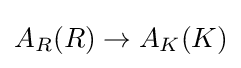
A_{R}(R)\to A_{K}(K)